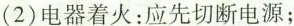
(2)电器着火：应先切断电源；